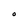
Character: O